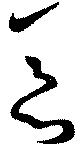
悪